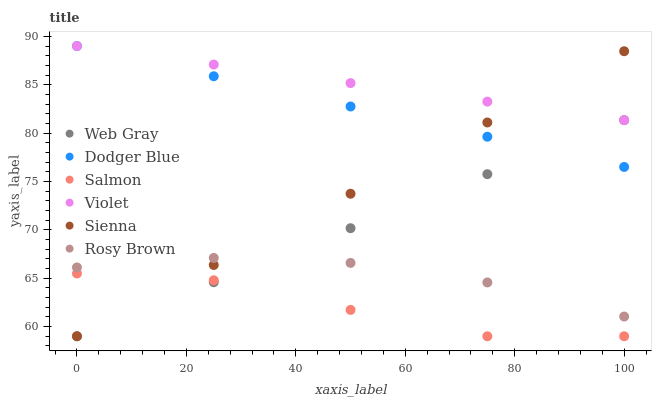
| xaxis_label | Web Gray | Dodger Blue | Salmon | Violet | Sienna | Rosy Brown |
 | --- | --- | --- | --- | --- | --- | --- |
 | 0 | 59 | 89 | 65.5 | 89 | 59 | 66.1 |
 | 25 | 64.6 | 85.9 | 64.8 | 87.1 | 66.4 | 67.1 |
 | 50 | 70.2 | 82.7 | 61.7 | 85.2 | 73.7 | 66.6 |
 | 75 | 75.8 | 79.6 | 59 | 83.3 | 81.1 | 64.6 |
 | 100 | 81.3 | 76.5 | 59 | 81.3 | 88.5 | 61 |